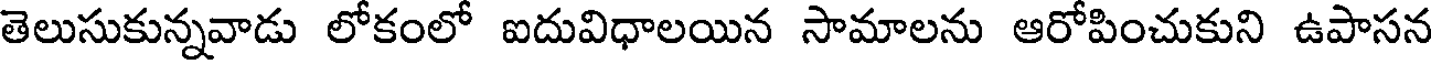
తెలుసుకున్నవాడు లోకంలో ఐదువిధాలయిన సామాలను ఆరోపించుకుని ఉపాసన